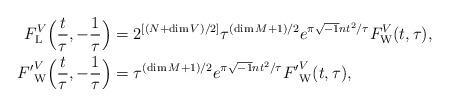
LaTeX: \begin{align*}F^V_{{\rm L}}\Big(\frac{t}{\tau},-\frac{1}{\tau}\Big)&=2^{[(N+\dim V)/2]}\tau^{(\dim M +1)/2}e^{\pi\sqrt{-1}nt^2/\tau}F^V_{{\rm W}}(t,\tau),\\{F'}^V_{{\rm W}}\Big(\frac{t}{\tau},-\frac{1}{\tau}\Big)&=\tau^{(\dim M +1)/2}e^{\pi\sqrt{-1}nt^2/\tau}{F'}^V_{{\rm W}}(t,\tau),\end{align*}